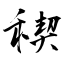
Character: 稧